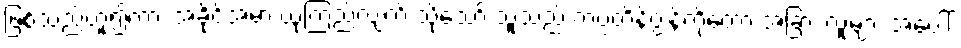
ဖြစ်သည်ဟူ၍ကား အခိုင်အမာ ယုံကြည်လျက် သို့သော် သူသည် ကပ္ပတိန်ဂျွန်ကိုတော့ အခြား လူများ အပေါ်